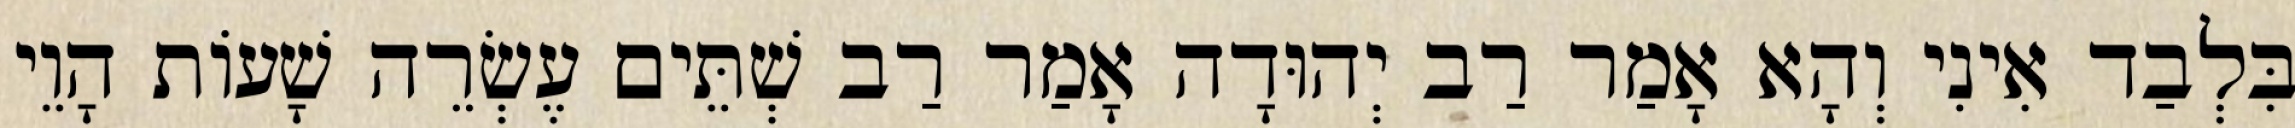
בִּלְבַד אִינִי וְהָא אָמַר רַב יְהוּדָה אָמַר רַב שְׁתֵּים עֶשְׂרֵה שָׁעוֹת הָוֵי